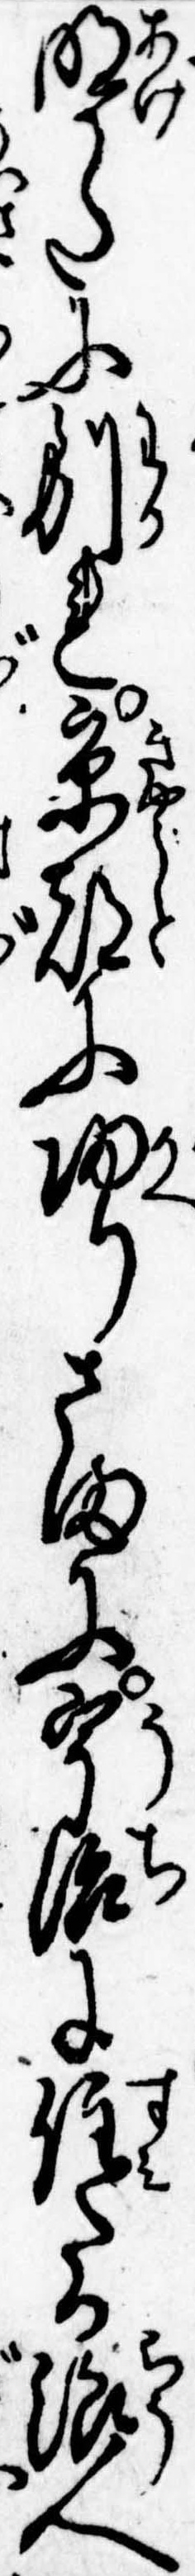
明かたに別れ京都に帰りさまに宇治に住たる浪人